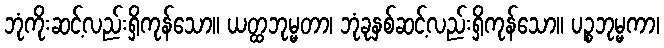
ဘုံကိုးဆင့်လည်းရှိကုန်သော။ ယတ္ထဘုမ္မတာ၊ ဘုံခုနှစ်ဆင့်လည်းရှိကုန်သော။ ပဉ္စဘုမ္မကာ၊